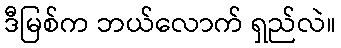
ဒီမြစ်က ဘယ်လောက် ရှည်လဲ။